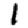
Digit: 1